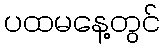
ပထမနေ့တွင်